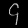
Digit: ၄